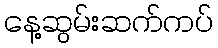
နေ့ဆွမ်းဆက်ကပ်